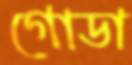
গোডা